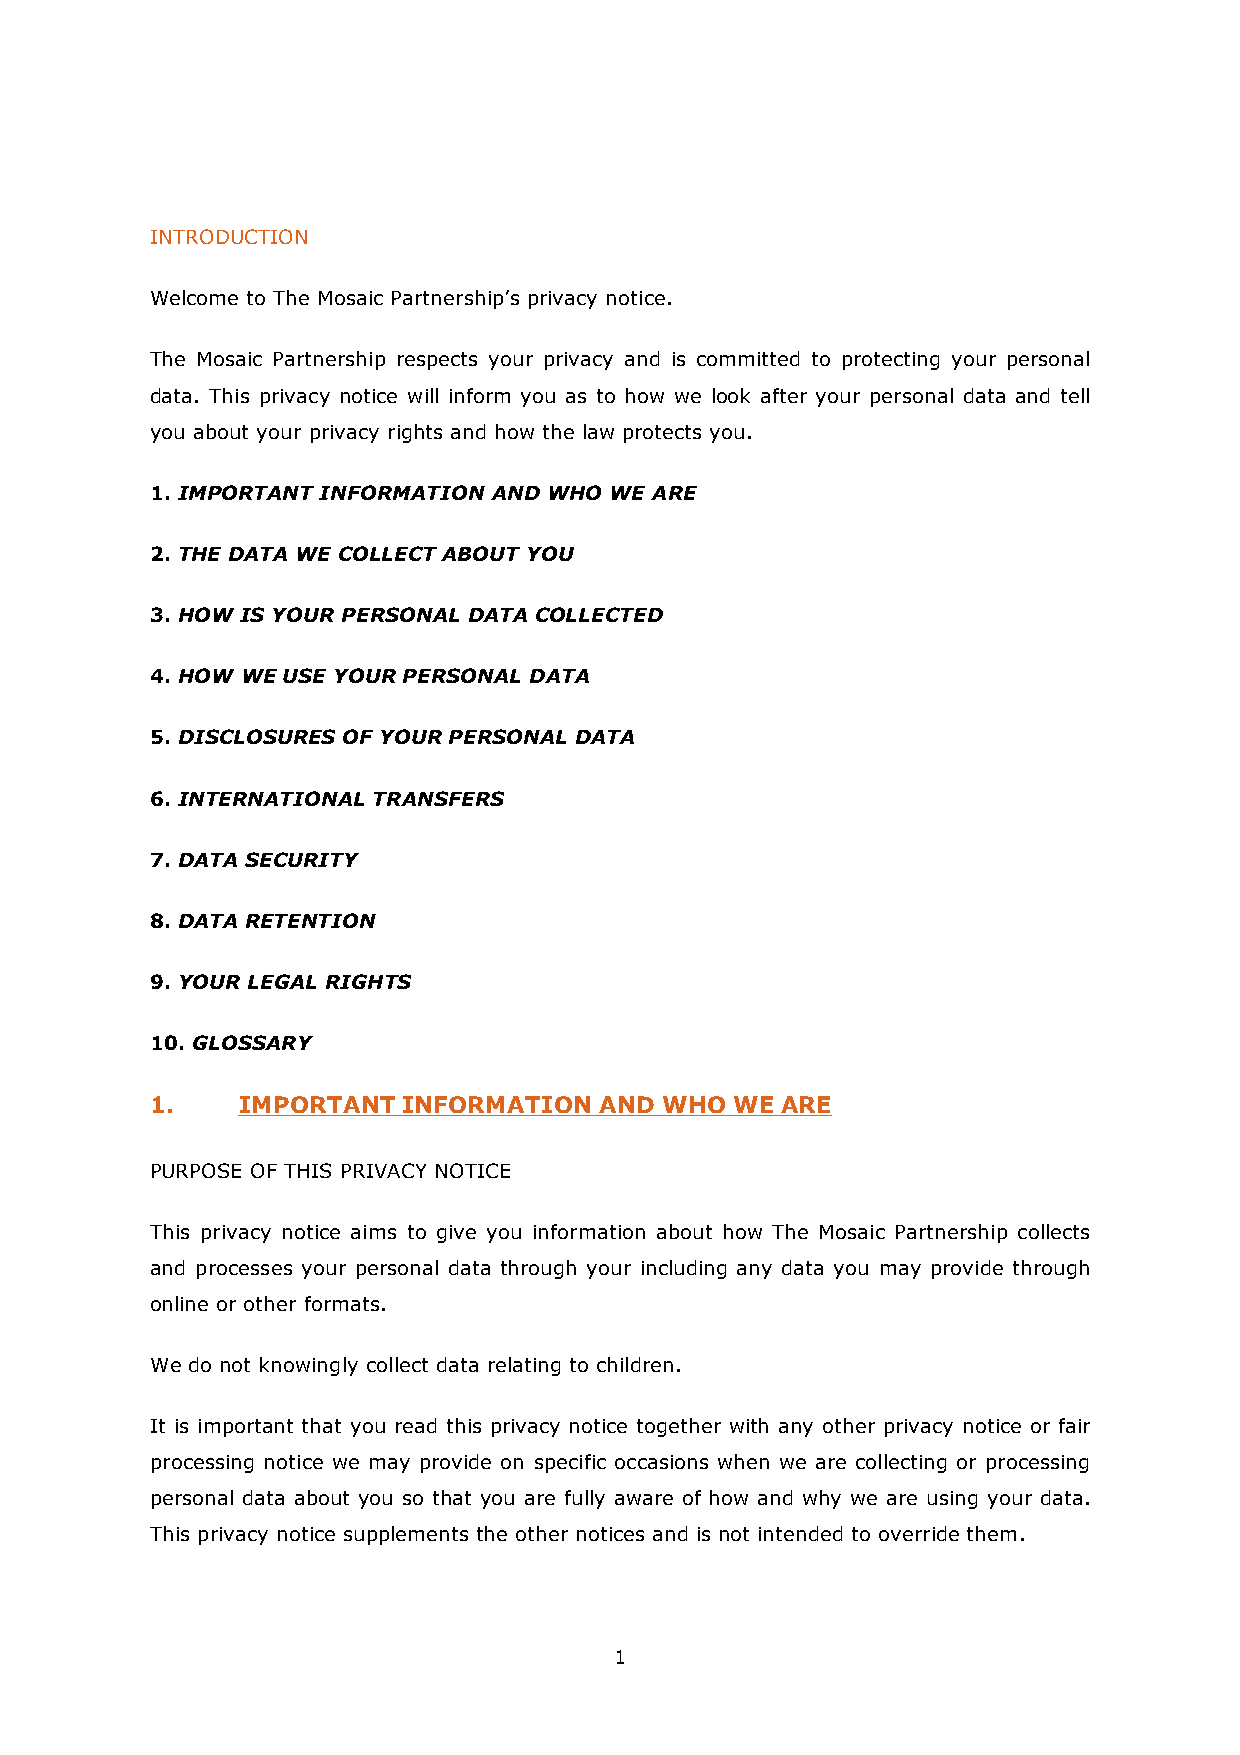
INTRODUCTION
 Welcome to The Mosaic Partnership’s privacy notice.
 The Mosaic Partnership respects your privacy and is committed to protecting your personal
 data. This privacy notice will inform you as to how we look after your personal data and tell
 you about your privacy rights and how the law protects you.
 1. IMPORTANT INFORMATION AND WHO WE ARE
 2. THE DATA WE COLLECT ABOUT YOU
 3. HOW IS YOUR PERSONAL DATA COLLECTED
 4. HOW WE USE YOUR PERSONAL DATA
 5. DISCLOSURES OF YOUR PERSONAL DATA
 6. INTERNATIONAL TRANSFERS
 7. DATA SECURITY
 8. DATA RETENTION
 9. YOUR LEGAL RIGHTS
 10. GLOSSARY
 1.    IMPORTANT  INFORMATION  AND WHO  WE ARE
 PURPOSE OF THIS PRIVACY NOTICE
 This privacy notice aims to give you information about how The Mosaic Partnership collects
 and processes your personal data through your including any data you may provide through
 online or other formats.
 We do not knowingly collect data relating to children.
 It is important that you read this privacy notice together with any other privacy notice or fair
 processing notice we may provide on specific occasions when we are collecting or processing
 personal data about you so that you are fully aware of how and why we are using your data.
 This privacy notice supplements the other notices and is not intended to override them.
 1